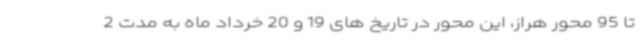
تا 95 محور هراز، این محور در تاریخ های 19 و 20 خرداد ماه به مدت 2